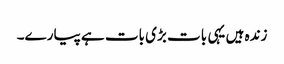
زندہ ہیں یہی بات بڑی بات ہے پیارے۔